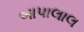
બાપાલાલ